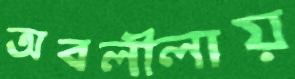
অবলীলায়